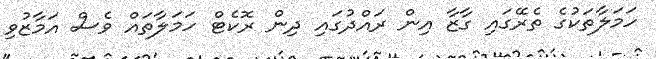
ހަމަލާތަކުގެ ތެރޭގައި ގާޒާ އިން ރައްދުގައި ދިން ރޮކެޓް ހަމަލާތައް ވެސް އަމާޒުވި